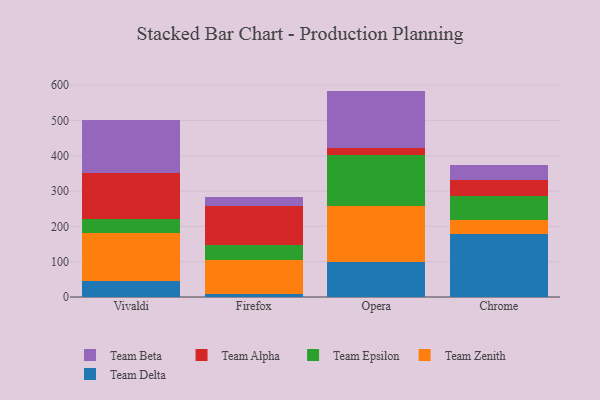
{"axis": {"x": "Browser", "y": "Bounce Rate (%)"}, "legend": ["Team Alpha", "Team Beta", "Team Delta", "Team Epsilon", "Team Zenith"], "data": [{"x": "Vivaldi", "y": 44.0, "type": "Team Delta"}, {"x": "Vivaldi", "y": 136.2, "type": "Team Zenith"}, {"x": "Vivaldi", "y": 40.3, "type": "Team Epsilon"}, {"x": "Vivaldi", "y": 131.0, "type": "Team Alpha"}, {"x": "Vivaldi", "y": 151.3, "type": "Team Beta"}, {"x": "Firefox", "y": 9.4, "type": "Team Delta"}, {"x": "Firefox", "y": 96.8, "type": "Team Zenith"}, {"x": "Firefox", "y": 41.5, "type": "Team Epsilon"}, {"x": "Firefox", "y": 109.5, "type": "Team Alpha"}, {"x": "Firefox", "y": 24.7, "type": "Team Beta"}, {"x": "Opera", "y": 98.4, "type": "Team Delta"}, {"x": "Opera", "y": 158.1, "type": "Team Zenith"}, {"x": "Opera", "y": 144.7, "type": "Team Epsilon"}, {"x": "Opera", "y": 21.7, "type": "Team Alpha"}, {"x": "Opera", "y": 161.1, "type": "Team Beta"}, {"x": "Chrome", "y": 179.8, "type": "Team Delta"}, {"x": "Chrome", "y": 39.2, "type": "Team Zenith"}, {"x": "Chrome", "y": 67.6, "type": "Team Epsilon"}, {"x": "Chrome", "y": 45.7, "type": "Team Alpha"}, {"x": "Chrome", "y": 41.4, "type": "Team Beta"}]}